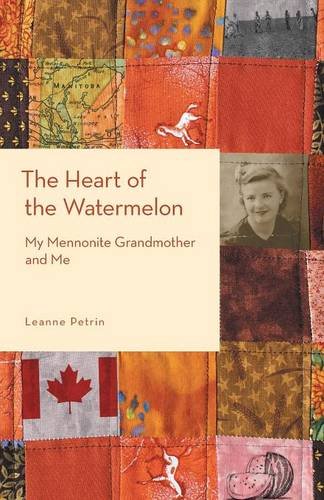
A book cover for The Heart of the Watermelon: My Mennonite Grandmother and Me; Leanne Petrin; Christian Books & Bibles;